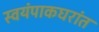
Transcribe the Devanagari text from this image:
स्वयंपाकघरांत